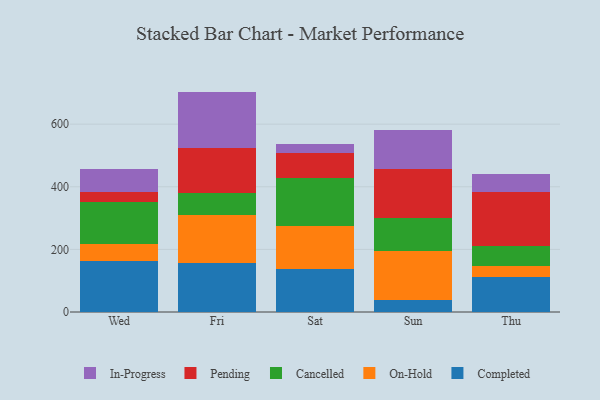
{"axis": {"x": "Day", "y": "LTV (USD)"}, "legend": ["Cancelled", "Completed", "In-Progress", "On-Hold", "Pending"], "data": [{"x": "Wed", "y": 161.7, "type": "Completed"}, {"x": "Wed", "y": 54.1, "type": "On-Hold"}, {"x": "Wed", "y": 135.2, "type": "Cancelled"}, {"x": "Wed", "y": 31.1, "type": "Pending"}, {"x": "Wed", "y": 73.5, "type": "In-Progress"}, {"x": "Fri", "y": 155.1, "type": "Completed"}, {"x": "Fri", "y": 155.8, "type": "On-Hold"}, {"x": "Fri", "y": 68.1, "type": "Cancelled"}, {"x": "Fri", "y": 145.2, "type": "Pending"}, {"x": "Fri", "y": 179.8, "type": "In-Progress"}, {"x": "Sat", "y": 136.5, "type": "Completed"}, {"x": "Sat", "y": 136.7, "type": "On-Hold"}, {"x": "Sat", "y": 154.9, "type": "Cancelled"}, {"x": "Sat", "y": 80.7, "type": "Pending"}, {"x": "Sat", "y": 27.2, "type": "In-Progress"}, {"x": "Sun", "y": 36.9, "type": "Completed"}, {"x": "Sun", "y": 158.3, "type": "On-Hold"}, {"x": "Sun", "y": 104.7, "type": "Cancelled"}, {"x": "Sun", "y": 157.5, "type": "Pending"}, {"x": "Sun", "y": 125.5, "type": "In-Progress"}, {"x": "Thu", "y": 110.7, "type": "Completed"}, {"x": "Thu", "y": 36.0, "type": "On-Hold"}, {"x": "Thu", "y": 65.7, "type": "Cancelled"}, {"x": "Thu", "y": 169.6, "type": "Pending"}, {"x": "Thu", "y": 60.4, "type": "In-Progress"}]}